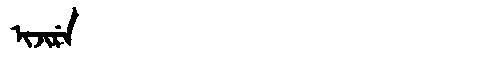
Manchu: ᡳᠵᡳᡵᡝ
Romanization: IJIRE